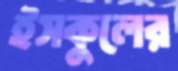
ইসকুলের